Scottish Leaving Certificate Examination, 1958
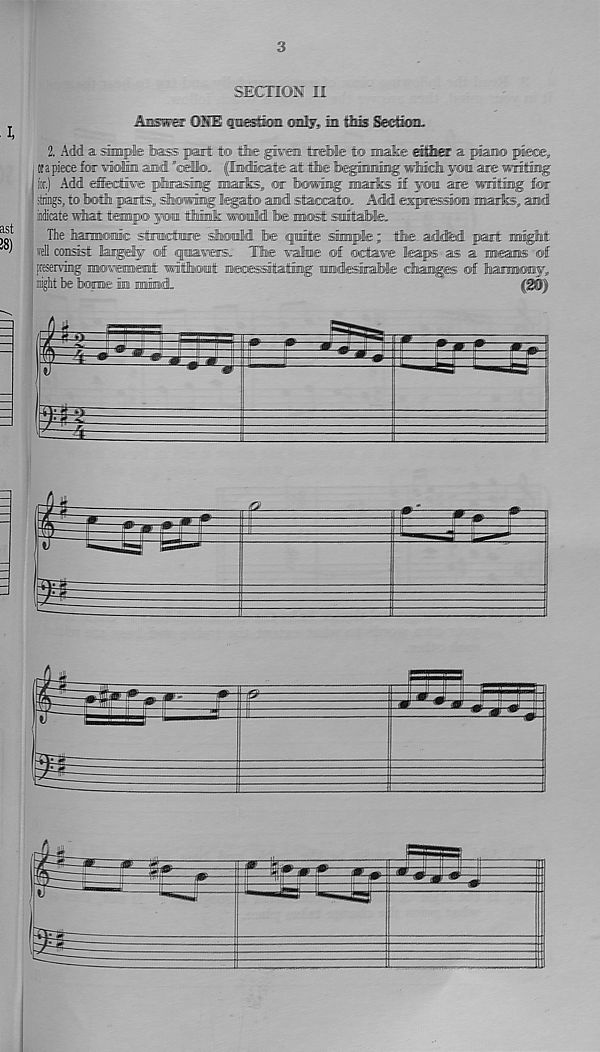
3
SECTIOM II
Answer OUE fnasioa ©nly, ia this Seeioa.
2, Add a simple toss part to tfee gtoai tirelble to make raflssc a, piano piece.
Of a piece for wolm and ’’cellb. ptadicate at the Tbeghming wlmdi yon are writing'
for.) Add dierifin* plrasnig mark, or bowing mark if yon ate writmg for
strings, to both parts,, sTkowimg' legato and staccato. Add espression mark, and
Mate what tempo yon timlk wotM be most snlltaHe.
The lanniioimic sftnmctane slomld Ibe qinilte Mmpfe; t!he adkted part might
well consist latgdy off qpiia¥®rs. Ttoe valme of fadaw leap® as a means of
preseniag mowmemt withont ii©EgssittatiiiBg umdesiiaHe diainges of luamnaffliay,
light be tame in mind.
m